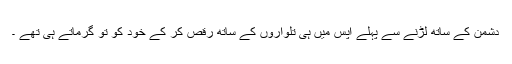
دشمن کے ساتھ لڑنے سے پہلے آپس میں ہی تلواروں کے ساتھ رقص کر کے خود کو تو گرماتے ہی تھے ۔